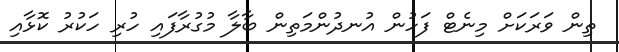
ތިން ވަރަކަށް މިނެޓް ފަހުން އުނދުންމަތިން ބާލާ މުގުރާފައި ހުރި ހަކުރު ކޮޅާއި